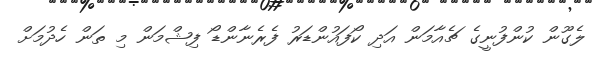
ލެގޫން ކުންފުނީގެ ޗެއާމަން އަދި ކޯފައުންޑަރު ފެރެނާންޑޯ ފިޝްމަން މި ތަން ހެދުމަށް